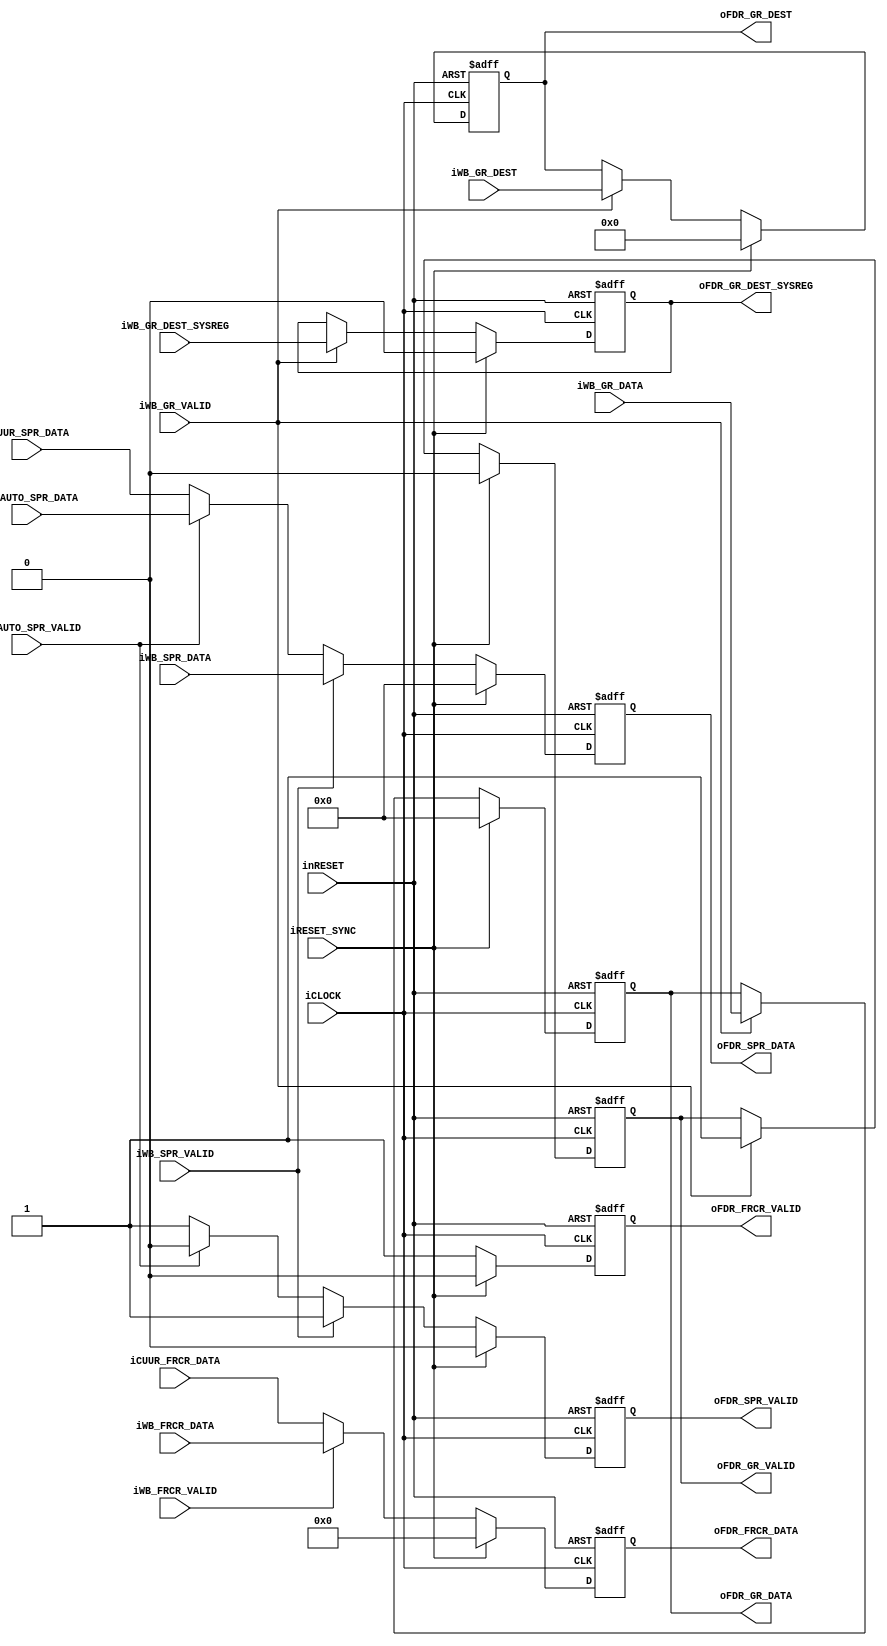
module execute_forwarding_register(
		input wire iCLOCK,
		input wire inRESET,
		input wire iRESET_SYNC,
		//Writeback - General Register
		input wire iWB_GR_VALID,
		input wire [31:0] iWB_GR_DATA,
		input wire [4:0] iWB_GR_DEST,
		input wire iWB_GR_DEST_SYSREG,
		//Writeback - Stack Point Register
		input wire iWB_SPR_VALID,
		input wire [31:0] iWB_SPR_DATA,
		//Writeback[AUTO] - Stack Point Register
		input wire iWB_AUTO_SPR_VALID,
		input wire [31:0] iWB_AUTO_SPR_DATA,
		//Current - Stack Point Register
		input wire [31:0] iCUUR_SPR_DATA,
		//Writeback - FRCR
		input wire iWB_FRCR_VALID,			
		input wire [63:0] iWB_FRCR_DATA,	
		//Current - FRCR
		input wire [63:0] iCUUR_FRCR_DATA,
		//Fowerding Register Output
		output wire oFDR_GR_VALID,
		output wire [31:0] oFDR_GR_DATA,
		output wire [4:0] oFDR_GR_DEST,
		output wire oFDR_GR_DEST_SYSREG,
		//Fowerding Register Output
		output wire oFDR_SPR_VALID,
		output wire [31:0] oFDR_SPR_DATA,
		//Forwerding Register Output
		output wire oFDR_FRCR_VALID,			
		output wire [63:0] oFDR_FRCR_DATA
	);

	//Fowarding General Register
	reg b_ex_history_valid;
	reg [31:0] b_ex_history_data;
	reg [4:0] b_ex_history_destination;
	reg b_ex_history_destination_sysreg;
	//reg [31:0] b_ex_history_pc;

	//Fowarding Stack Point Register
	reg b_fwdng_spr_valid;
	reg [31:0] b_fwdng_spr;

	//FRCR
	reg b_fwdng_frcr_valid;
	reg [63:0] b_fwdng_frcr;


	/************************************************************************
	Fowarding Register
	************************************************************************/
	//General Register
	always@(posedge iCLOCK or negedge inRESET)begin
		if(!inRESET)begin
			b_ex_history_valid <= 1'h0;
			b_ex_history_data <= 32'h0;
			b_ex_history_destination <= 5'h0;
			b_ex_history_destination_sysreg <= 1'h0;
			//b_ex_history_pc <= 32'h0;
		end
		else if(iRESET_SYNC)begin
			b_ex_history_valid <= 1'h0;
			b_ex_history_data <= 32'h0;
			b_ex_history_destination <= 5'h0;
			b_ex_history_destination_sysreg <= 1'h0;
			//b_ex_history_pc <= 32'h0;
		end
		else begin
			if(iWB_GR_VALID)begin
				b_ex_history_valid <= iWB_GR_VALID;
				b_ex_history_data <= iWB_GR_DATA;
				b_ex_history_destination <= iWB_GR_DEST;
				b_ex_history_destination_sysreg <= iWB_GR_DEST_SYSREG;
				//b_ex_history_pc <= iWB_PCR - 32'h00000004;
			end
		end
	end

	//Stack Point Register
	always@(posedge iCLOCK or negedge inRESET)begin
		if(!inRESET)begin
			b_fwdng_spr_valid <= 1'h0;
			b_fwdng_spr <= 32'h0;
		end
		else if(iRESET_SYNC)begin
			b_fwdng_spr_valid <= 1'h0;
			b_fwdng_spr <= 32'h0;
		end
		else begin
			if(iWB_SPR_VALID)begin
				b_fwdng_spr_valid <= iWB_SPR_VALID;
				b_fwdng_spr <= iWB_SPR_DATA;
			end
			else if(iWB_AUTO_SPR_VALID)begin
				b_fwdng_spr_valid <= iWB_SPR_VALID;
				b_fwdng_spr <= iWB_AUTO_SPR_DATA;
			end
			else begin
				b_fwdng_spr_valid <= 1'b1;
				b_fwdng_spr <= iCUUR_SPR_DATA;
			end
		end
	end

	//FRCR
	always@(posedge iCLOCK or negedge inRESET)begin
		if(!inRESET)begin
			b_fwdng_frcr_valid <= 1'h0;
			b_fwdng_frcr <= 64'h0;
		end
		else if(iRESET_SYNC)begin
			b_fwdng_frcr_valid <= 1'h0;
			b_fwdng_frcr <= 64'h0;
		end
		else begin
			if(iWB_FRCR_VALID)begin
				b_fwdng_frcr_valid <= iWB_FRCR_VALID;
				b_fwdng_frcr <= iWB_FRCR_DATA;
			end
			else begin
				b_fwdng_frcr_valid <= 1'h1;
				b_fwdng_frcr <= iCUUR_FRCR_DATA;
			end
		end
	end


	/************************************************************************
	Assign
	************************************************************************/
	//GR Out
	assign oFDR_GR_VALID = b_ex_history_valid;
	assign oFDR_GR_DATA = b_ex_history_data;
	assign oFDR_GR_DEST = b_ex_history_destination;
	assign oFDR_GR_DEST_SYSREG = b_ex_history_destination_sysreg;
	//SPR Out
	assign oFDR_SPR_VALID = b_fwdng_spr_valid;
	assign oFDR_SPR_DATA = b_fwdng_spr;
	//FRCR Out
	assign oFDR_FRCR_VALID = b_fwdng_frcr_valid;
	assign oFDR_FRCR_DATA = b_fwdng_frcr;


endmodule